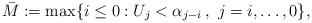
LaTeX: \begin{align*}\bar{M}:=\max\{i\le0:U_{j}< \alpha_{j-i}\,,\,\,j=i,\ldots,0\},\end{align*}